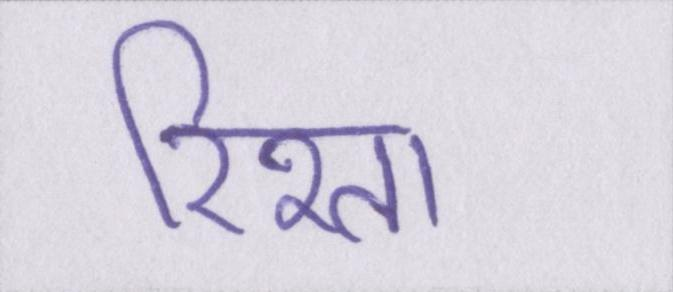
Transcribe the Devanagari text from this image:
रिश्ता